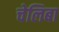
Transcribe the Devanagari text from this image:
चेलिबा